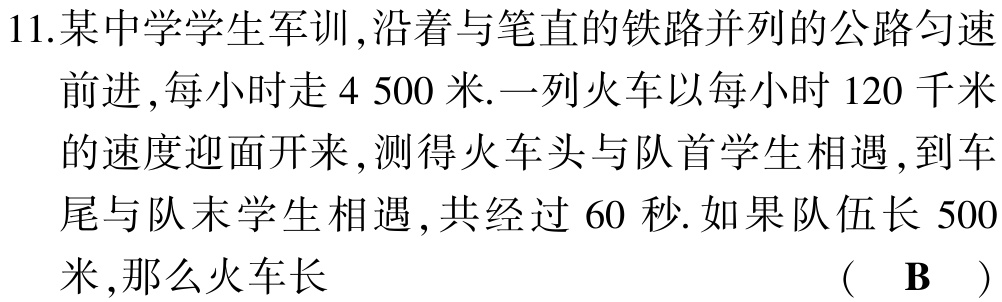
11.某中学学生军训,沿着与笔直的铁路并列的公路匀速

前进,每小时走$4 500$米.一列火车以每小时$120$千米

的速度迎面开来,测得火车头与队首学生相遇,到车

尾与队末学生相遇,共经过$60$秒.如果队伍长$500$

米,那么火车长 （ B ）